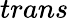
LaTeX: trans